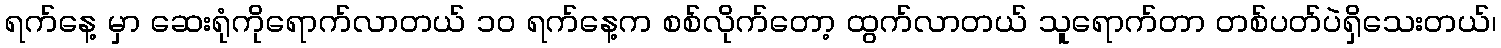
ရက်နေ့ မှာ ဆေးရုံကိုရောက်လာတယ် ၁၀ ရက်နေ့က စစ်လိုက်တော့ ထွက်လာတယ် သူရောက်တာ တစ်ပတ်ပဲရှိသေးတယ်၊